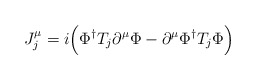
\begin{align*}J_j^\mu=i\Big(\Phi^\dagger T_j\partial^\mu\Phi-\partial^\mu\Phi^\dagger T_j\Phi\Big)\end{align*}